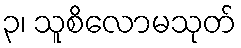
၃၊ သူစိလောမသုတ်